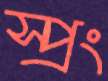
স্প্রং